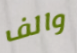
والف